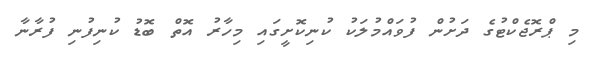
މި ޕްރޮޖެކްޓުގެ ދަށުން ފުވައްމުލަކު ކުނިކޮށީގައި މިހާރު އޮތް ބޮޑު ކުނިފުނި ފުރާނާ